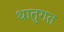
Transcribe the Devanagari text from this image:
धातुगत